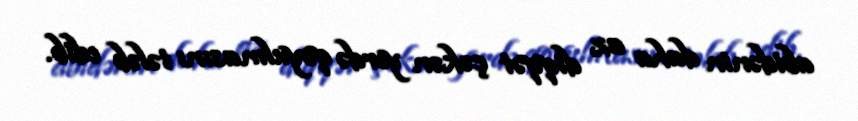
abidənin daha az diqqət çəkən yerdə qoyulmasını tələb edib.